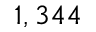
1 , 3 4 4